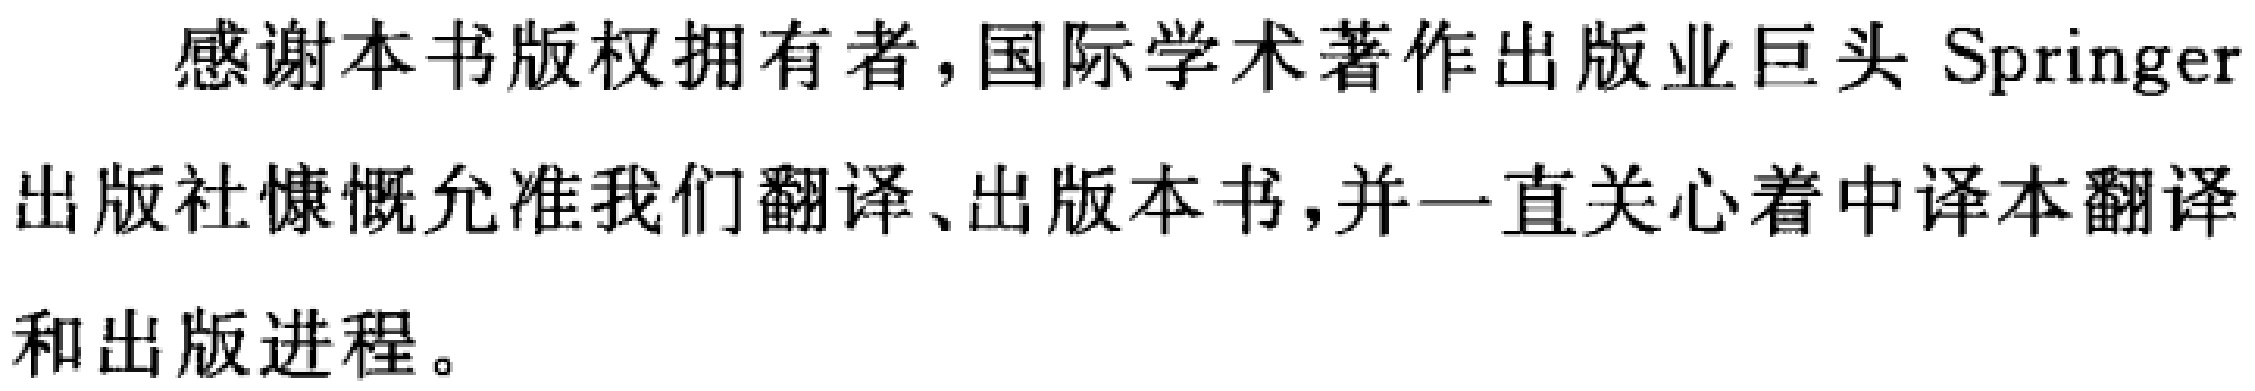
感谢本书版权拥有者，国际学术著作出版业巨头 Springer
出版社慷慨允准我们翻译、出版本书，并一直关心着中译本翻译
和出版进程。